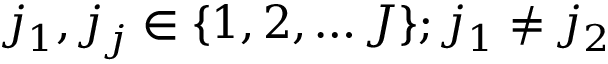
j _ { 1 } , j _ { j } \in \{ 1 , 2 , \dots J \} ; j _ { 1 } \not = j _ { 2 }